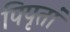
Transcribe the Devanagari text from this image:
पिपृतां